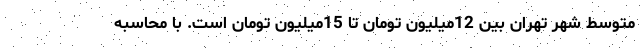
متوسط شهر تهران بین 12میلیون تومان تا 15میلیون تومان است. با محاسبه